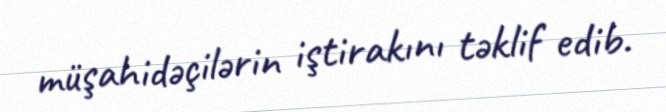
müşahidəçilərin iştirakını təklif edib.